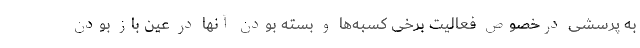
به پرسشی درخصوص فعالیت برخی کسبه‌ها و بسته بودن آنها در عین باز بودن